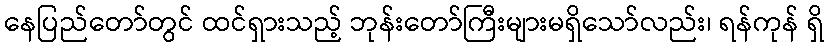
နေပြည်တော်တွင် ထင်ရှားသည့် ဘုန်းတော်ကြီးများမရှိသော်လည်း၊ ရန်ကုန် ရှိ